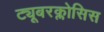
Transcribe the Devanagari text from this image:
ट्यूबरक्लोसिस